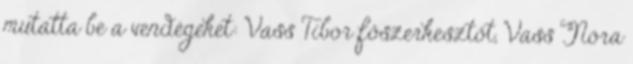
mutatta be a vendégeket: Vass Tibor főszerkesztőt, Vass Nóra